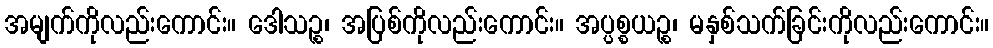
အမျက်ကိုလည်းကောင်း။ ဒေါသဉ္စ၊ အပြစ်ကိုလည်းကောင်း။ အပ္ပစ္စယဉ္စ၊ မနှစ်သက်ခြင်းကိုလည်းကောင်း။